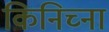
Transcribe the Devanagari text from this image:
किनिच्ना